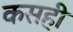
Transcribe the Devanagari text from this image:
कसही